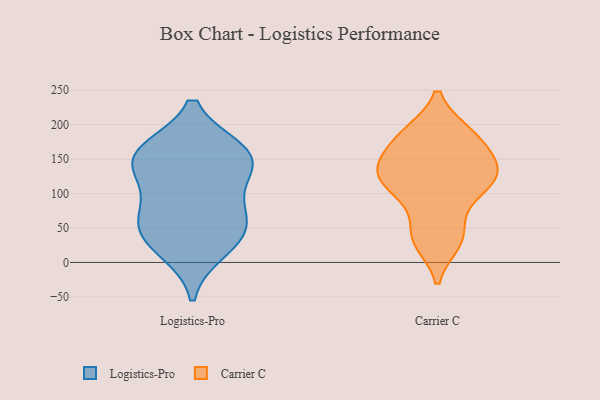
{"axis": {"x": "Temperature (°C)", "y": "Value"}, "legend": ["Carrier C", "Logistics-Pro"], "data": [{"x": "", "y": 67, "type": "Logistics-Pro"}, {"x": "", "y": 40, "type": "Logistics-Pro"}, {"x": "", "y": 161, "type": "Logistics-Pro"}, {"x": "", "y": 45, "type": "Logistics-Pro"}, {"x": "", "y": 19, "type": "Logistics-Pro"}, {"x": "", "y": 153, "type": "Logistics-Pro"}, {"x": "", "y": 158, "type": "Logistics-Pro"}, {"x": "", "y": 150, "type": "Logistics-Pro"}, {"x": "", "y": 80, "type": "Logistics-Pro"}, {"x": "", "y": 124, "type": "Logistics-Pro"}, {"x": "", "y": 130, "type": "Carrier C"}, {"x": "", "y": 38, "type": "Carrier C"}, {"x": "", "y": 114, "type": "Carrier C"}, {"x": "", "y": 116, "type": "Carrier C"}, {"x": "", "y": 187, "type": "Carrier C"}, {"x": "", "y": 186, "type": "Carrier C"}, {"x": "", "y": 30, "type": "Carrier C"}, {"x": "", "y": 144, "type": "Carrier C"}, {"x": "", "y": 138, "type": "Carrier C"}, {"x": "", "y": 111, "type": "Carrier C"}, {"x": "", "y": 87, "type": "Carrier C"}, {"x": "", "y": 165, "type": "Carrier C"}, {"x": "", "y": 137, "type": "Carrier C"}, {"x": "", "y": 38, "type": "Carrier C"}, {"x": "", "y": 187, "type": "Carrier C"}]}